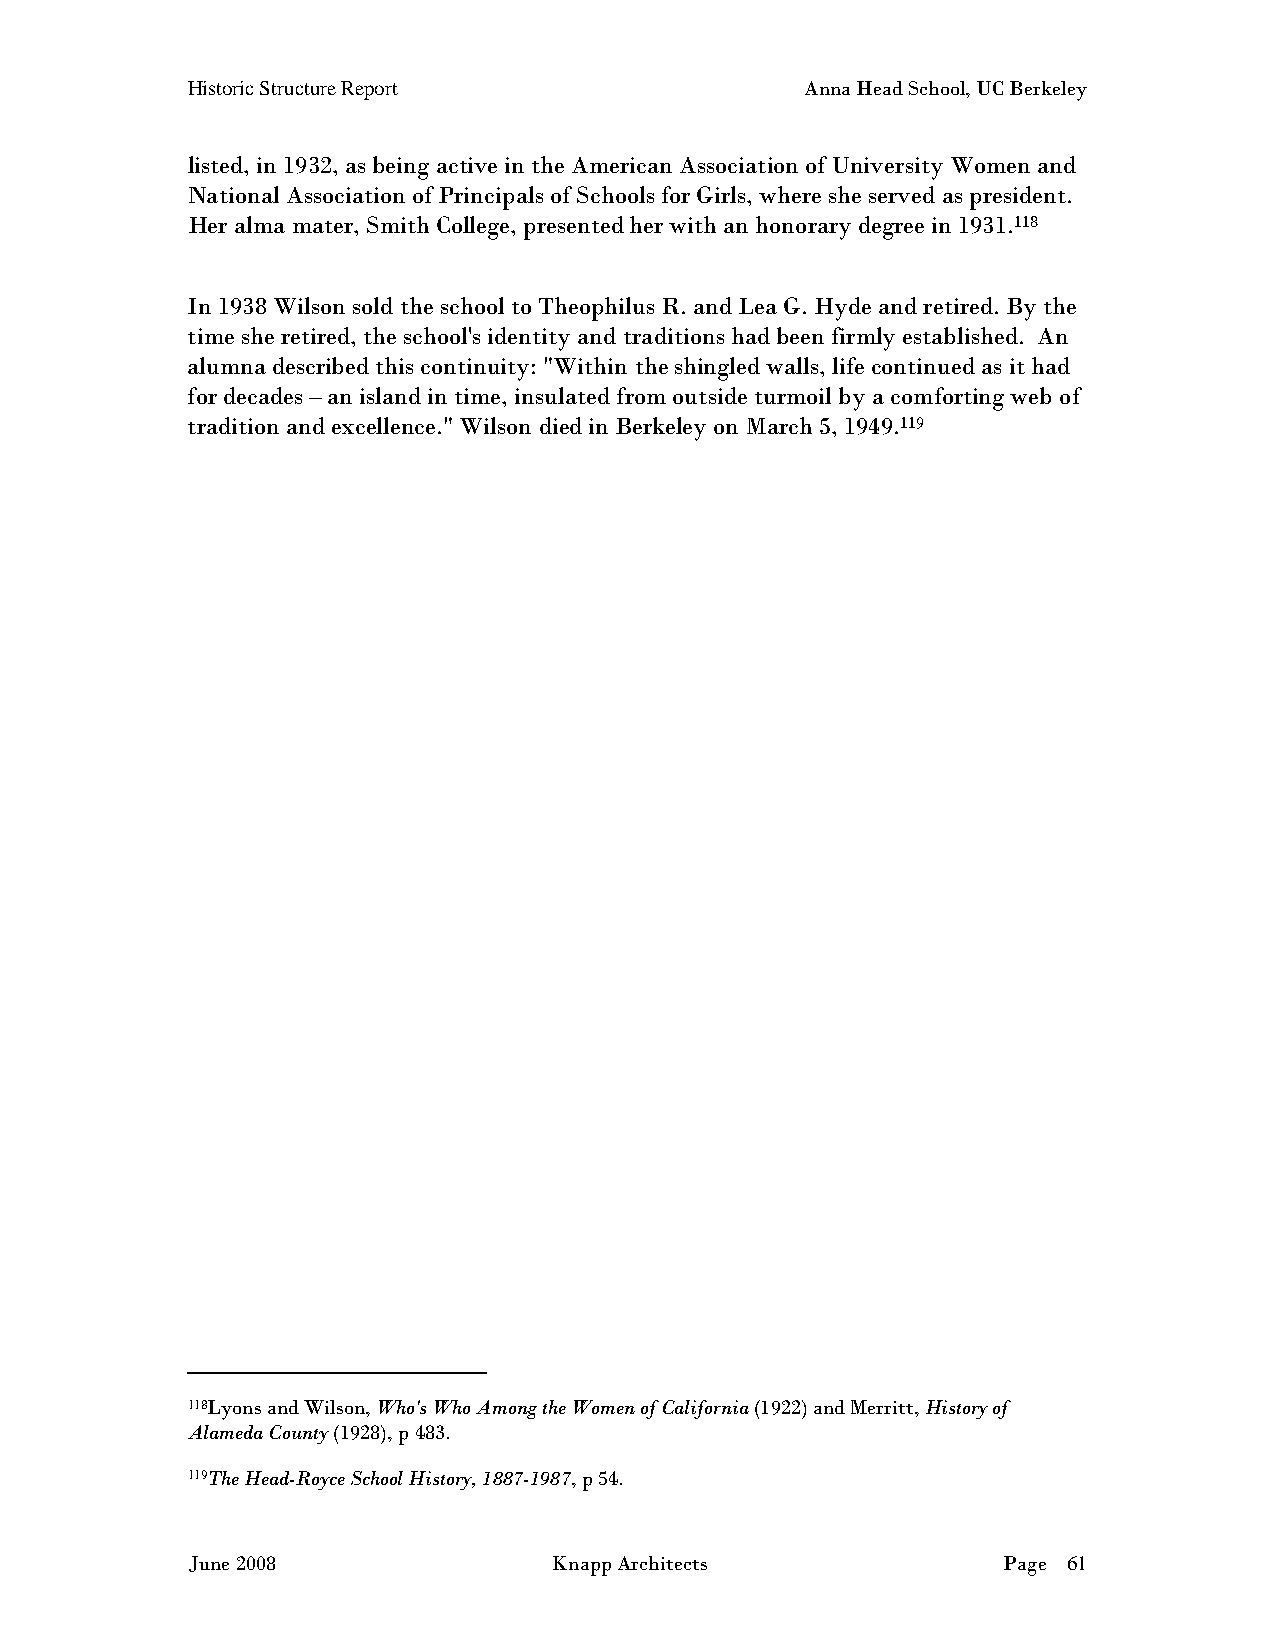
Historic Structure Report                Anna Head School, UC Berkeley
 listed, in 1932, as being active in the American Association of University Women and
 National Association of Principals of Schools for Girls, where she served as president.
 Her alma mater, Smith College, presented her with an honorary degree in 1931.118
 In 1938 Wilson sold the school to Theophilus R. and Lea G. Hyde and retired. By the
 time she retired, the school's identity and traditions had been firmly established. An
 alumna described this continuity: "Within the shingled walls, life continued as it had
 for decades – an island in time, insulated from outside turmoil by a comforting web of
 tradition and excellence." Wilson died in Berkeley on March 5, 1949.119
 118Lyons and Wilson, Who's Who Among the Women of California (1922) and Merritt, History of
 Alameda County (1928), p 483.
 119The Head-Royce School History, 1887-1987, p 54.
 June 2008                Knapp Architects             Page 61